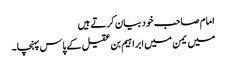
امام صاحب خود بیان کرتے ہیں
میں یمن میں ابراہیم بن عقیل کے پاس پہنچا۔